Indian journal of veterinary science and animal husbandry - Volume 6,
Year: 1936
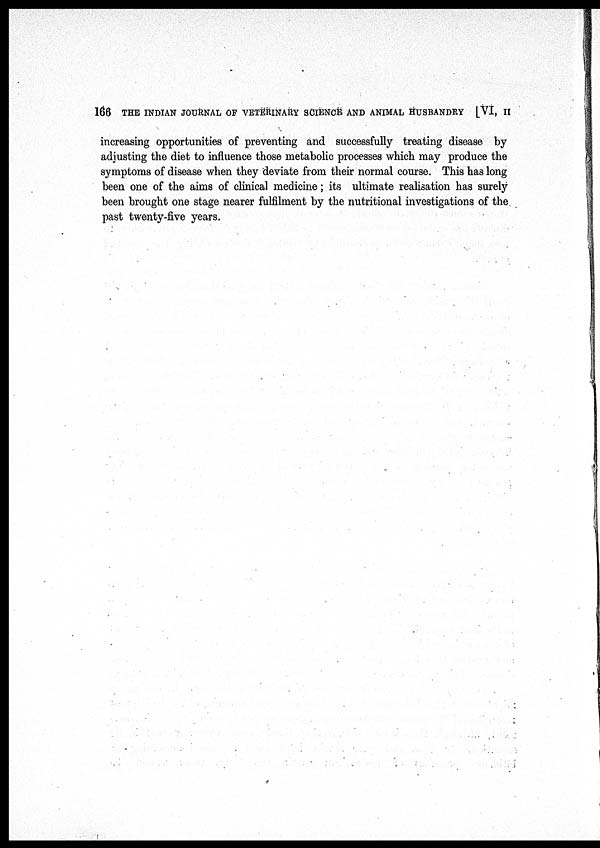
166 THE INDIAN JOURNAL OF VETERINARY SCIENCE AND ANIMAL HUSBANDRY [VI, II
increasing opportunities of preventing and successfully treating disease by
adjusting the diet to influence those metabolic processes which may produce the
symptoms of disease when they deviate from their normal course. This has long
been one of the aims of clinical medicine; its ultimate realisation has surely
been brought one stage nearer fulfilment by the nutritional investigations of the
past twenty-five years.